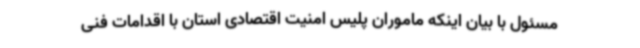
مسئول با بیان اینکه ماموران پلیس امنیت اقتصادی استان با اقدامات فنی